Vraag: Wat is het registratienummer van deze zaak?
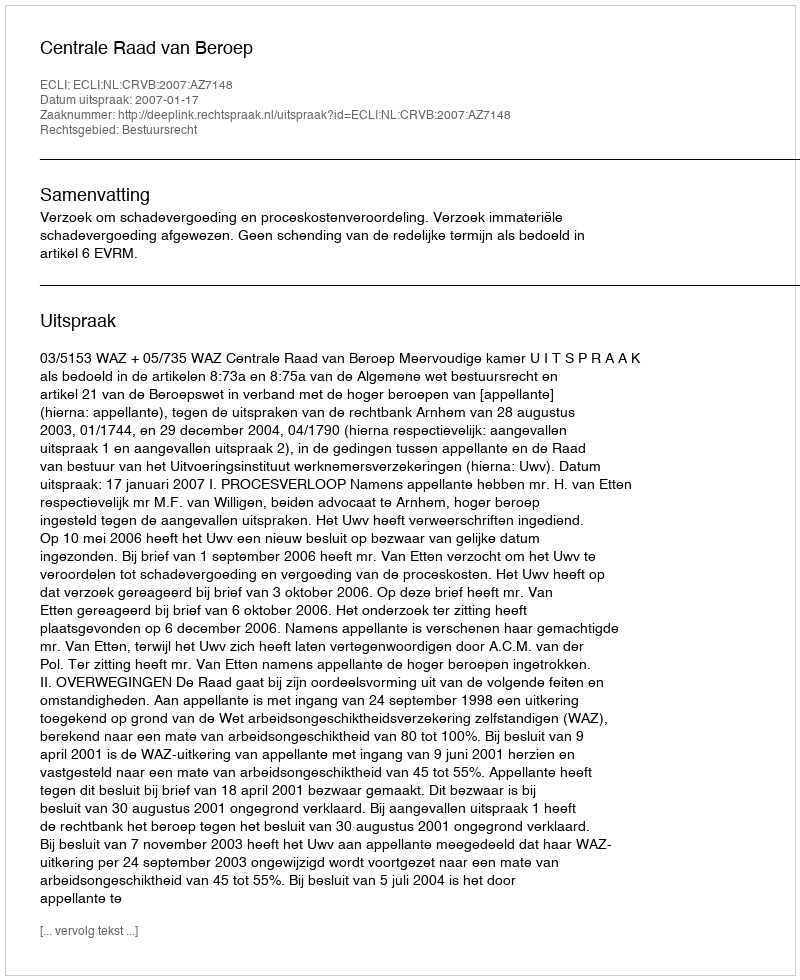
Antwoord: http://deeplink.rechtspraak.nl/uitspraak?id=ECLI:NL:CRVB:2007:AZ7148